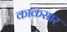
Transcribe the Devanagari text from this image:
काकसार